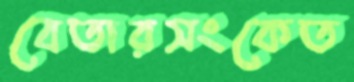
বেতারসংকেত